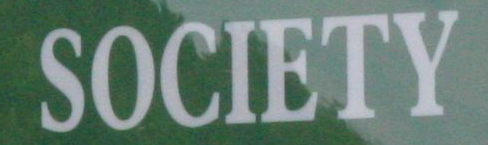
SOCIETY